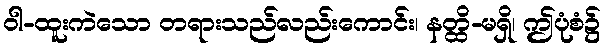
ဝါ-ထူးကဲသော တရားသည်လည်းကောင်း၊ နတ္ထိ-မရှိ၊ ဤပုံစံ၌